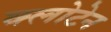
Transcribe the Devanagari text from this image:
क्लोटेन